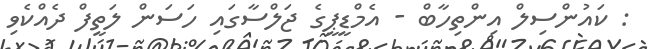
: ކައުންސިލް އިންތިހާބް - އެމްޑީޕީގެ ޖަލްސާގައި ހަސަން ލަތީފް ދެއްކެވި